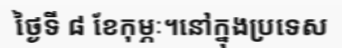
ថ្ងៃទី ៨ ខែកុម្ភៈ។នៅក្នុងប្រទេស